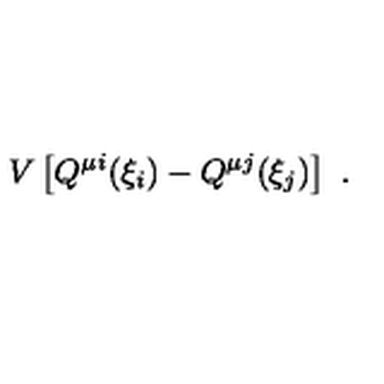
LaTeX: V \left[ Q ^ { \mu i } ( \xi _ { i } ) - Q ^ { \mu j } ( \xi _ { j } ) \right] \ .